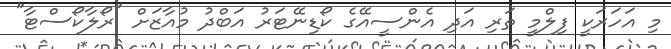
މި އަހަރަކީ ފިލްމީ ތަރި އަދި އެންސީއޭގެ ކޯޑިނޭޓަރު އަބްދު މުއާޒަށް "ރޯލާކޯސްޓާ"